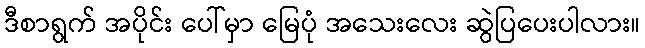
ဒီစာရွက် အပိုင်း ပေါ်မှာ မြေပုံ အသေးလေး ဆွဲပြပေးပါလား။